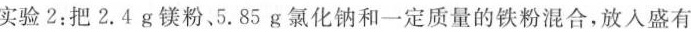
实验2：把2.4g镁粉。5.85g氯化钠和一定质量的铁粉混合，放入盛有